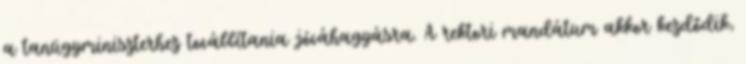
a tanügyminiszterhez továbbítania jóváhagyásra. A rektori mandátum akkor kezdődik,